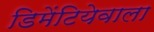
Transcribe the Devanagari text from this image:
डिमेंटियेवाला